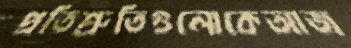
প্রতিশ্রুতিগুলোকেআজ